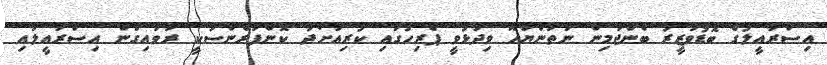
އިސްރާއީލުގެ ބޮޑުވަޒީރު ބެންޖަމިން ނަތަންޔާހޫ ވިދާޅުވީ ޕެރިހުގައި ކުރިއަށްދާ ކޮންފަރެންސަކީ ރާވައިގެން އިސްރާއީލާއި